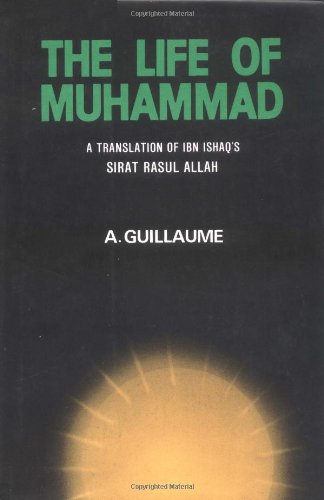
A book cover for The Life of Muhammad; I. Ishaq; Biographies & Memoirs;